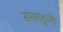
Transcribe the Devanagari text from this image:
संखाहुली